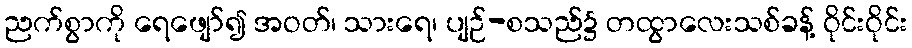
ညက်စွာကို ရေဖျော်၍ အဝတ်၊ သားရေ၊ ပျဉ်-စသည်၌ တထွာလေးသစ်ခန့် ဝိုင်းဝိုင်း